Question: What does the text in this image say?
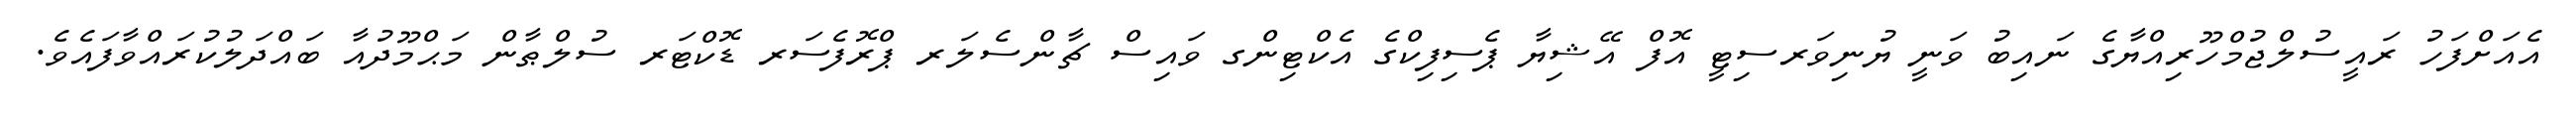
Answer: އެއަށްފަހު ރައީސުލްޖުމްހޫރިއްޔާގެ ނައިބު ވަނީ ޔުނިވަރސިޓީ އޮފް އޭޝިޔާ ޕެސިފިކްގެ އެކްޓިންގ ވައިސް ޗާންސެލަރ ޕްރޮފެސަރ ޑޮކްޓަރ ސުލްޠާން މަޙްމޫދުއާ ބައްދަލުކުރައްވާފައެވެ.